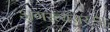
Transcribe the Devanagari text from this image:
अगस्त्यसरस्स्